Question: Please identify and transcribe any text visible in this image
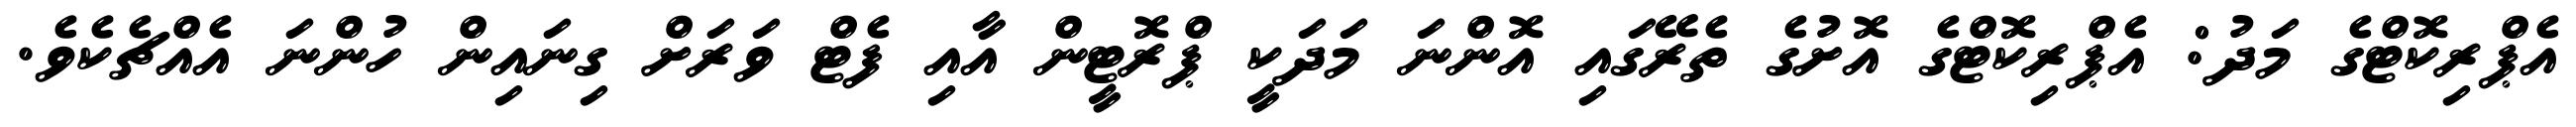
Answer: އެޕްރިކޮޓްގެ މަދު: އެޕްރިކޮޓްގެ އޮށުގެ ތެރޭގައި އޮންނަ މަދަކީ ޕްރޮޓީން އާއި ފެޓް ވަރަށް ގިނައިން ހުންނަ އެއްޗެކެވެ.